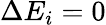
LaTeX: \Delta E_{i}=0